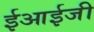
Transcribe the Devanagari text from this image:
ईआईजी